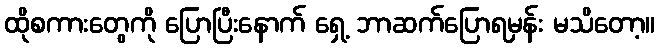
ထိုစကားတွေကို ပြောပြီးနောက် ရှေ့ ဘာဆက်ပြောရမှန်း မသိတော့။